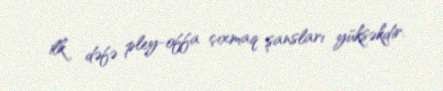
ilk dəfə pley-offa çıxmaq şansları yüksəkdir.